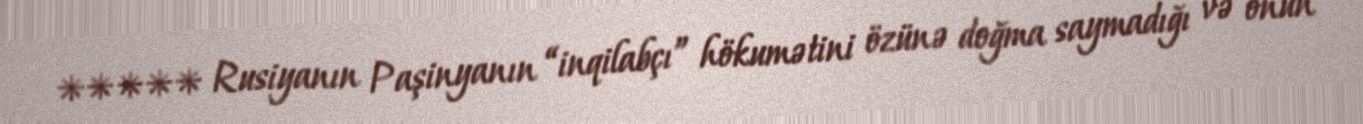
***** Rusiyanın Paşinyanın “inqilabçı” hökumətini özünə doğma saymadığı və onun